Lunatic asylums Central Provinces reports 1874-1885 - 1874-1885
Year: 1874
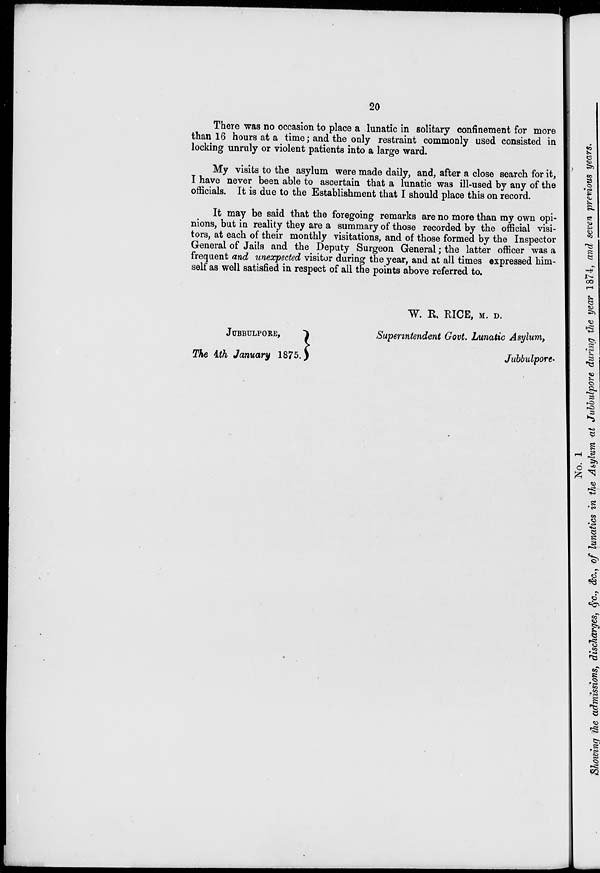
20
There was no occasion to place a lunatic in solitary confinement for more
than 16 hours at a time; and the only restraint commonly used consisted in
locking unruly or violent patients into a large ward.
My visits to the asylum were made daily, and, after a close search for it,
I have never been able to ascertain that a lunatic was ill-used by any of the
officials. It is due to the Establishment that I should place this on record.
It may be said that the foregoing remarks are no more than my own opi-
nions, but in reality they are a summary of those recorded by the official visi-
tors, at each of their monthly visitations, and of those formed by the Inspector
General of Jails and the Deputy Surgeon General; the latter officer was a
frequent and unexpected visitor during the year, and at all times expressed him-
self as well satisfied in respect of all the points above referred to.
W. R. RICE, M. D.
JUBBULPORE,
The 4th January 1875.
Superintendent Govt. Lunatic Asylum,
Jubbulpore.